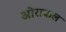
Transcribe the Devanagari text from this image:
ओराकल